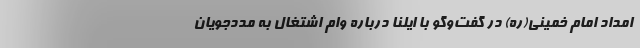
امداد امام خمینی(ره) در گفت‌وگو با ایلنا درباره وام اشتغال به مددجویان